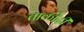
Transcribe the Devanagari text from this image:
ताकीदी